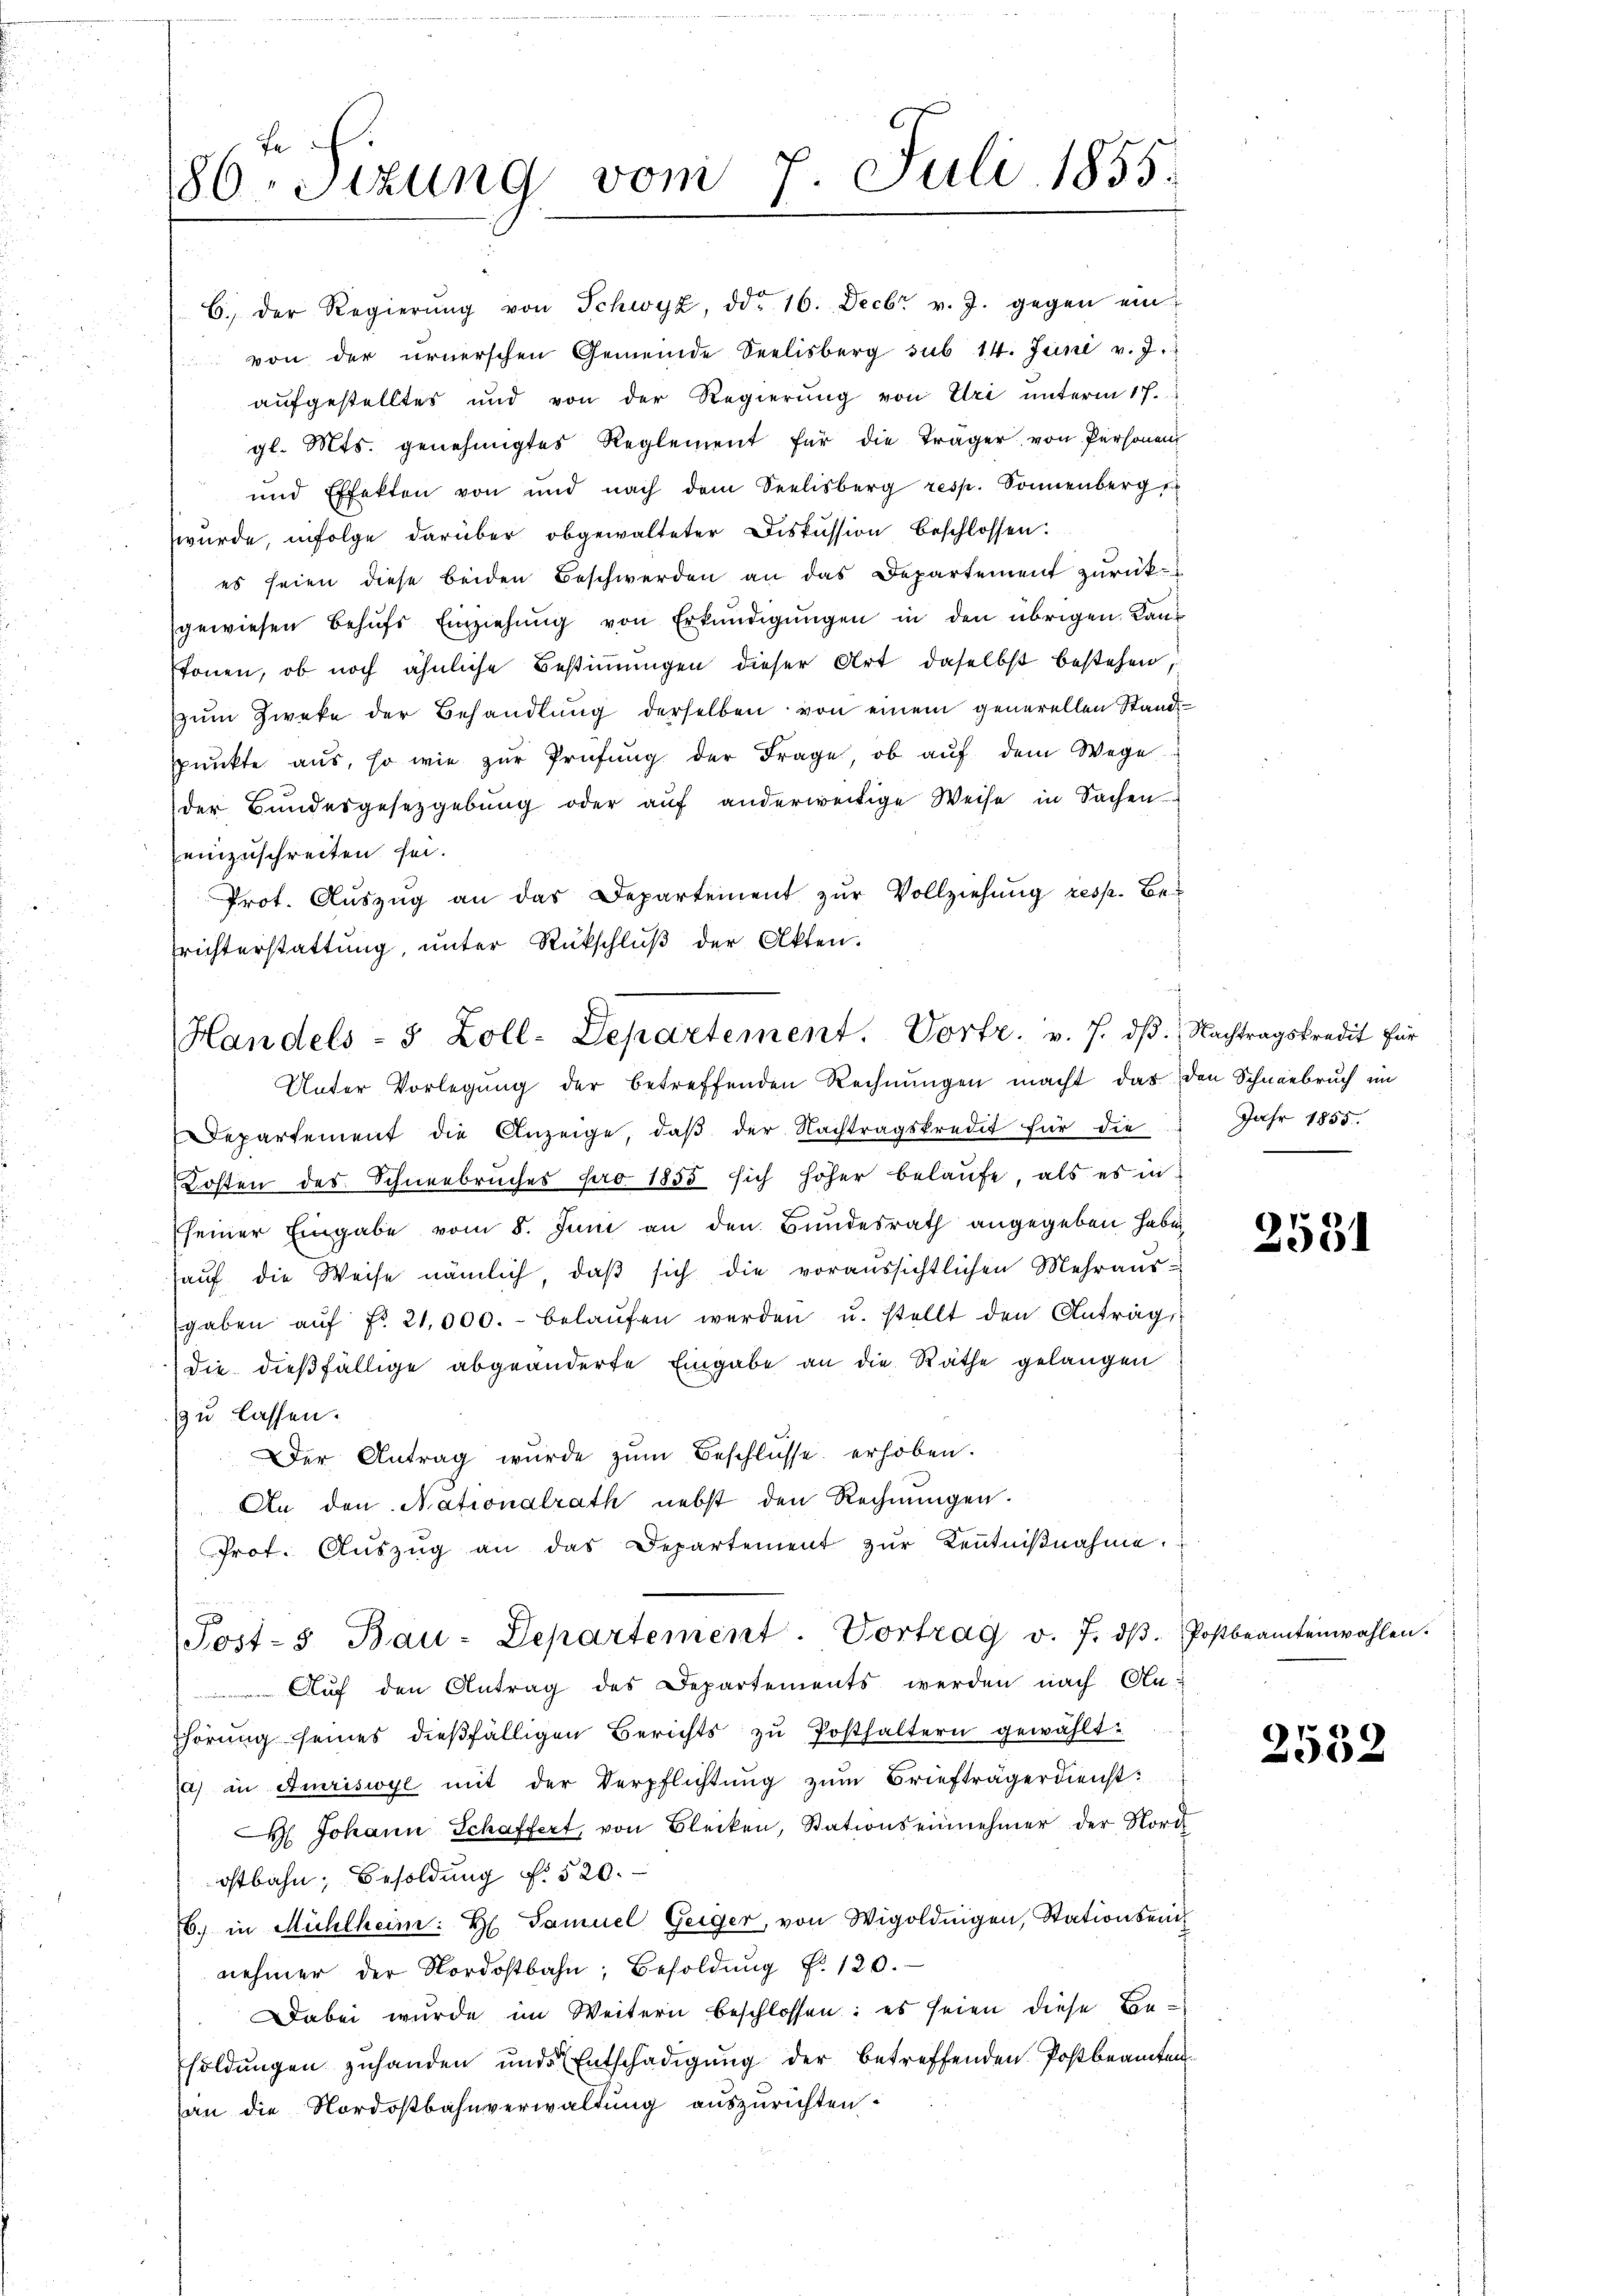
86 Sizung vom 7. Juli 1855.

aufgestelltes und von der Regierung von Uri unterm 17.
gl. Mts. genehmigtes Reglement für die Träger von Personen
und Effekten von und nach dem Seelisberg resp. Sonnenberg s
wurde, infolge darüber obgewalteter Diskussion beschlossen.
es seien diese beiden Beschwerden an das Departement zurück
gewiesen behŭfs Einziehung von Erkundigungen in den übrigen Kauf
stonen, ob noch ähnliche Bestimmungen dieser Art daselbst bestehen,
zum Zweke der Behandlung derselben von einem generellen Standpunkte aus, so wie zur Prüfung der Frage, ob auf dem Wege
der Bundesgesetzgebung oder aŭf anderweitige Weise in Sachen
einzuschreiten sei.
Prot. Auszug an das Departement zŭr Vollziehung resp. Berichterstattŭng ŭnter Rückschlŭβ der Akten.

B.) Der Regierŭng von Schwyz, ddo 16. Decbr v. J. gegen ein
 von der ernerschen Gemeinde Seelisberg sub 14. Juni v. J.

Handels- & Zoll-Departement. Vortr. v. J. dβ. Nachtragskredit für
Unter Vorlegung der betreffenden Rechnungen macht, das den Schneebruch im

Departement die Anzeige, daβ der Nachtragskredit für die
Kosten des Schneebruches pro 1855 sich höher belaufe, als es in
seiner Eingabe vom 8. Juni an den Bundesrath angegeben haben,
haŭf die Weise nämlich, daβ sich die voraussichtlichen Mehraus-
gaben aŭf Fr. 21,000.- belaŭfen werden u. stellt den Antrags-
die dießfällige abgeänderte Eingabe an die Räthe gelangen
zu lassen.
Der Antrag wurde zŭm Beschlüsse erhoben.
An den Nationalrath nebst den Rechnungen.
Prot. Aŭszŭg an das Departement zŭr Keṅtniβnahme.
Post- Bau-Departement. Vortrag v. 7. dβ. Postbeamtenwahlen.
Auf den Antrag des Departements werden nach An-
Thörung seines dießfälligen Berichts zu Posthaltern gewählt:
a) in Amriswyl mit der Verpflichtung zum Briefträgerdienst:
H. Johann Schaffert, von Bleiken, Stationseinnehmer der Nord
ostbahn, Besoldung f. 520.
6) in Mühlheim: H. Samuel Geiger, von Wigoldingen, Stationsein
nehmer der Nordostbahn, Besoldŭng f. 120.
Dabei wurde im Weitern beschlossen: es seien diese Besoldungen zuhanden und Entschädigung der betreffenden Postbeamten
an die Nordostbahnverwaltung auszurichten.

Jahr 1855.

2531

2532